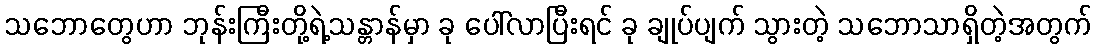
သဘောတွေဟာ ဘုန်းကြီးတို့ရဲ့သန္တာန်မှာ ခု ပေါ်လာပြီးရင် ခု ချုပ်ပျက် သွားတဲ့ သဘောသာရှိတဲ့အတွက်